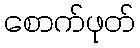
စောက်ဖုတ်